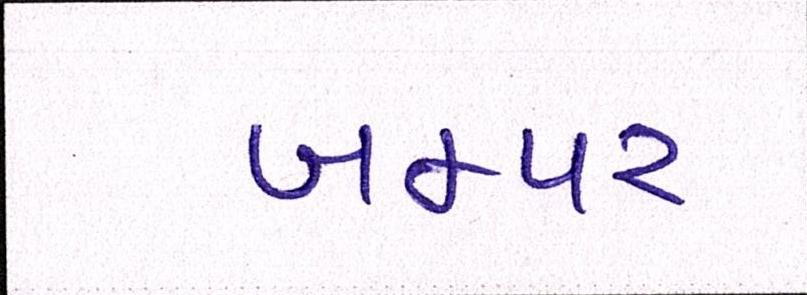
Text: બમ્પર